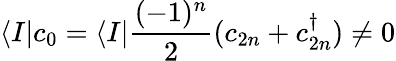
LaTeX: \langle I|c_{0}=\langle I|{\frac{(-1)^{n}}{2}}(c_{2n}+c_{2n}^{\dagger})\not=0